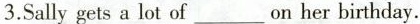
3.Sally gets a lot of___on her birthday.